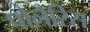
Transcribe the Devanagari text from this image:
पोलैरिस